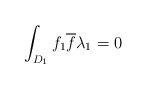
LaTeX: \begin{align*}\int_{D_1}f_1\overline{f}\lambda_1=0\end{align*}